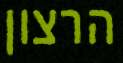
הרצון